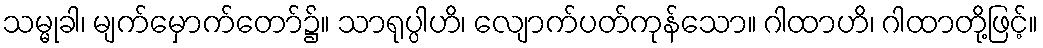
သမ္မုခါ၊ မျက်မှောက်တော်၌။ သာရုပ္ပါဟိ၊ လျောက်ပတ်ကုန်သော။ ဂါထာဟိ၊ ဂါထာတို့ဖြင့်။